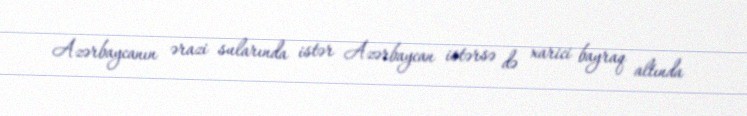
Azərbaycanın ərazi sularında istər Azərbaycan istərsə də xarici bayraq altında